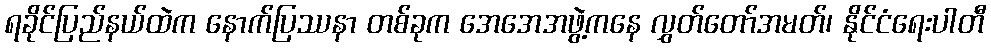
ရခိုင်ပြည်နယ်ထဲက နောက်ပြဿနာ တစ်ခုက အေအေအဖွဲ့ကနေ လွှတ်တော်အမတ်၊ နိုင်ငံရေးပါတီ